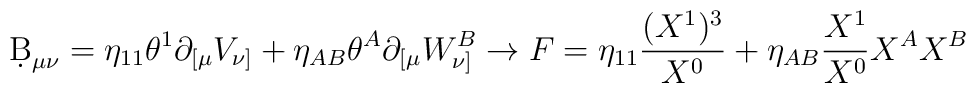
\d B_{\mu\nu} = \eta_{11} \theta^1 \partial_{[\mu}V_{\nu]} + \eta_{AB} \theta^A \partial_{[\mu} W_{\nu]}^B \rightarrow F=\eta_{11}\frac{(X^1)^3}{X^0} + \eta_{AB} \frac {X^1}{X^0} X^A X^B